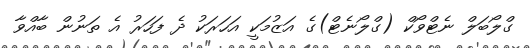
ގްލޯބަލް ނެޓްވޯކް (ގްލޯނެޓް)ގެ އަޒުމަކީ އަހަރަކު ދެ ފަހަރު އެ ތަނުން ބާއްވާ